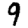
Digit: 9